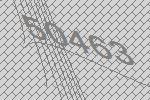
50463